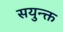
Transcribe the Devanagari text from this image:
सयुन्क्त